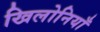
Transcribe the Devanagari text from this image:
खिलोनियाँ